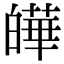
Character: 皣